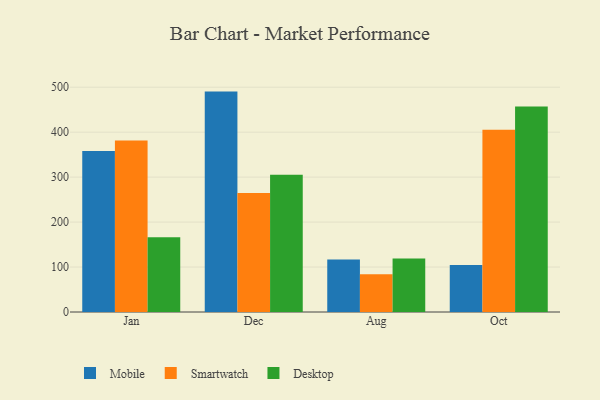
{"axis": {"x": "Month", "y": "Net Income (USD K)"}, "legend": ["Desktop", "Mobile", "Smartwatch"], "data": [{"x": "Jan", "y": 358.2, "type": "Mobile"}, {"x": "Jan", "y": 381.4, "type": "Smartwatch"}, {"x": "Jan", "y": 166.2, "type": "Desktop"}, {"x": "Dec", "y": 490.2, "type": "Mobile"}, {"x": "Dec", "y": 264.8, "type": "Smartwatch"}, {"x": "Dec", "y": 305.5, "type": "Desktop"}, {"x": "Aug", "y": 116.7, "type": "Mobile"}, {"x": "Aug", "y": 84.2, "type": "Smartwatch"}, {"x": "Aug", "y": 119.0, "type": "Desktop"}, {"x": "Oct", "y": 104.3, "type": "Mobile"}, {"x": "Oct", "y": 405.3, "type": "Smartwatch"}, {"x": "Oct", "y": 457.0, "type": "Desktop"}]}